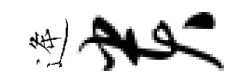
逄贵